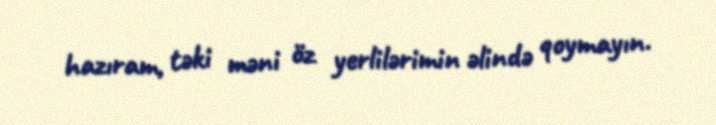
hazıram, təki məni öz yerlilərimin əlində qoymayın.